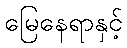
မြေနေရာနှင့်